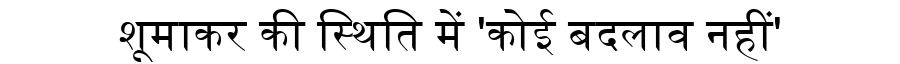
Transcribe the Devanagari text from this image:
शूमाकर की स्थिति में 'कोई बदलाव नहीं'